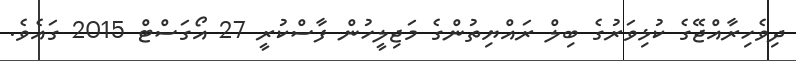
ދިވެހިރާއްޖޭގެ ކުޅިވަރުގެ ބިލް ރައްޔިތުންގެ މަޖިލީހުން ފާސްކުރީ 27 އޯގަސްޓް 2015 ގައެވެ.